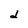
Character: d